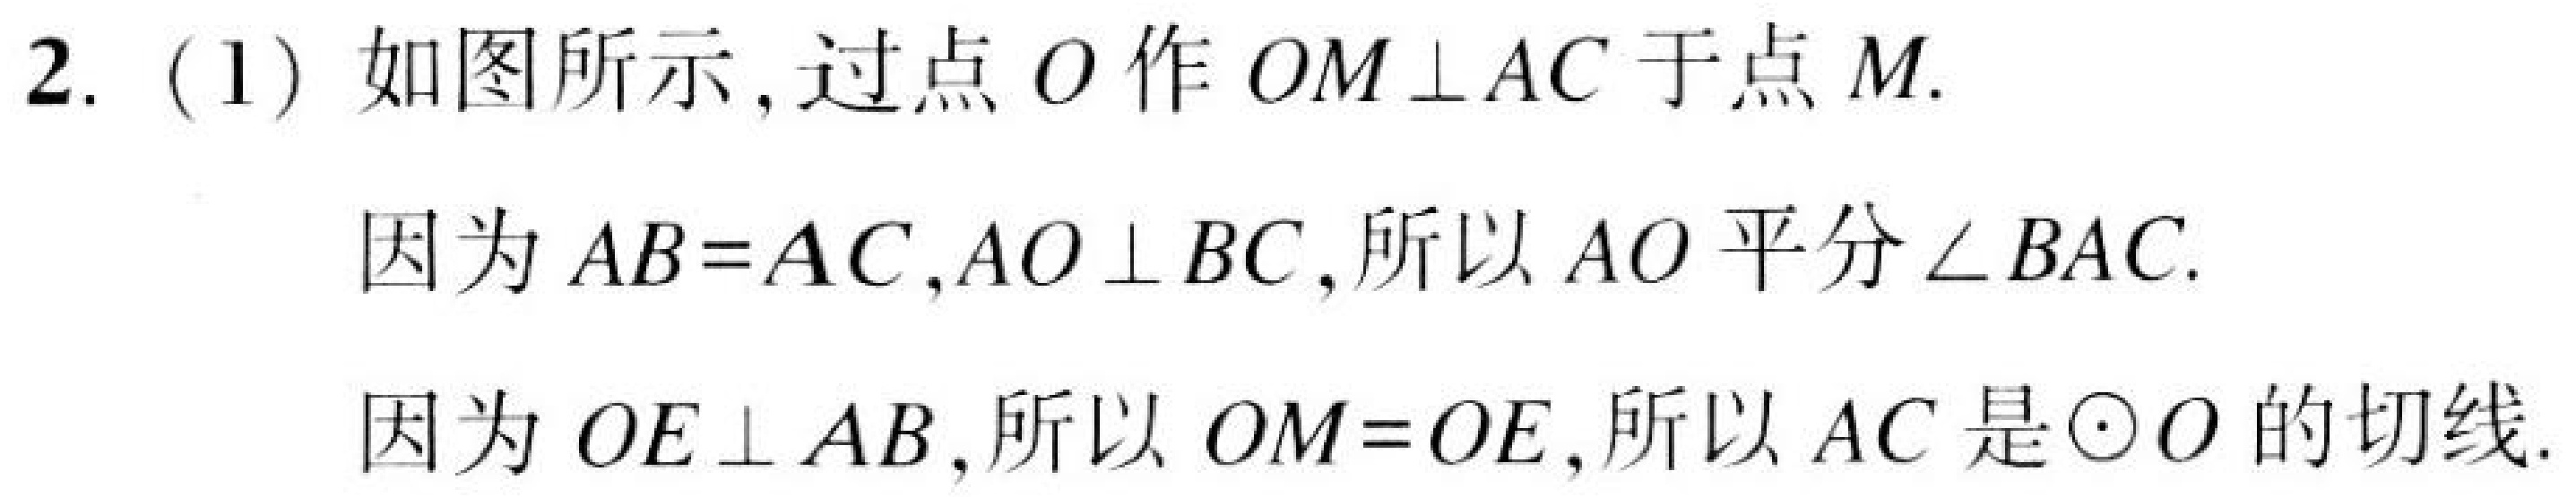
2. (1) 如图所示,过点$O$作$OM\bot AC$于点$M$.
因为$AB = AC,AO\bot BC$,所以$AO$平分$\angle BAC$.
因为$OE\bot AB$,所以$OM = OE$,所以$AC$是$\odot O$的切线.